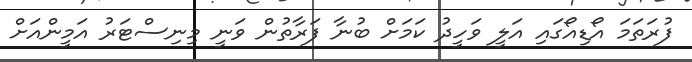
ފުރަތަމަ އޯޑިއޯގައި އަލީ ވަހީދު ކަމަށް ބުނާ ފަރާތުން ވަނީ މިނިސްޓަރު އަމީންއަށް